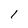
Character: 1